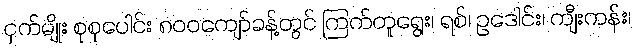
ငှက်မျိုး စုစုပေါင်း ၈၀၀ကျော်ခန့်တွင် ကြက်တူရွေး၊ ရစ်၊ ဥဒေါင်း၊ ကျီးကန်း၊